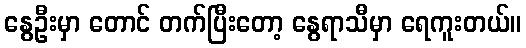
နွေဦးမှာ တောင် တက်ပြီးတော့ နွေရာသီမှာ ရေကူးတယ်။